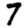
Digit: 7